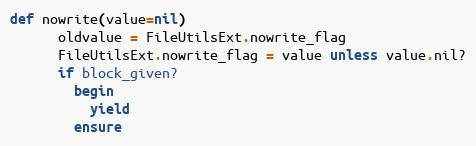
Language: Ruby
def nowrite(value=nil)
      oldvalue = FileUtilsExt.nowrite_flag
      FileUtilsExt.nowrite_flag = value unless value.nil?
      if block_given?
        begin
          yield
        ensure